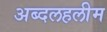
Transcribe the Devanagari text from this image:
अब्दलहलीम